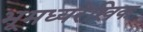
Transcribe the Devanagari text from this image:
भूमध्यरेखिक